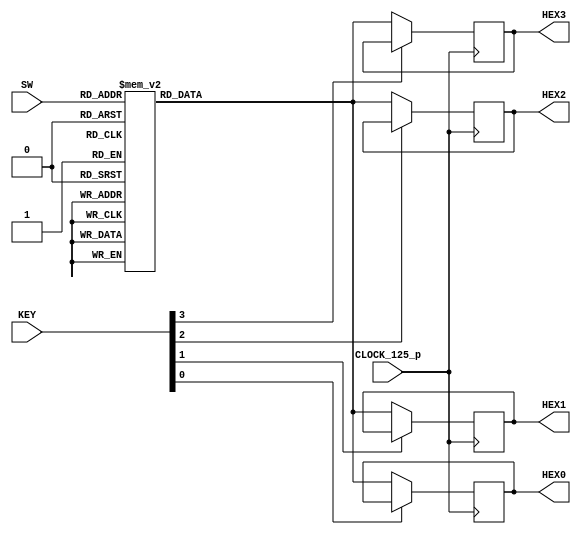
module baseline_c5gx(
      ///////// CLOCK /////////
      input              CLOCK_125_p, ///LVDS

      ///////// HEX2 ///////// 1.2 V ///////
      output      [6:0]  HEX2,

      ///////// HEX3 ///////// 1.2 V ///////
      output      [6:0]  HEX3,			

      ///////// HEX0 /////////
      output      [6:0]  HEX0,

      ///////// HEX1 /////////
      output      [6:0]  HEX1,

      ///////// KEY ///////// 1.2 V ///////
      input       [3:0]  KEY,

      ///////// SW ///////// 1.2 V ///////
      input       [3:0]  SW
);

		reg [6:0] seven_seg_display_0;
		reg [6:0] seven_seg_display_1;
		reg [6:0] seven_seg_display_2;
		reg [6:0] seven_seg_display_3;
		reg [6:0] seven_seg;
		wire [3:0] switch;
		
		assign switch = SW [3:0];
		assign btn0 = !KEY[0];
		assign btn1 = !KEY[1];
		assign btn2 = !KEY[2];
		assign btn3 = !KEY[3];
		assign HEX0[6:0] = seven_seg_display_0;
		assign HEX1[6:0] = seven_seg_display_1;
		assign HEX2[6:0] = seven_seg_display_2;
		assign HEX3[6:0] = seven_seg_display_3;
		
		
		always @(*) begin
			case(switch)
			4'b0000 : seven_seg <= 7'b1000000;	//0
			4'b0001 : seven_seg <= 7'b1111001;	//1
			4'b0010 : seven_seg <= 7'b0100100;	//2
			4'b0011 : seven_seg <= 7'b0110000;	//3
			4'b0100 : seven_seg <= 7'b0011001;	//4
			4'b0101 : seven_seg <= 7'b0010010;	//5
			4'b0110 : seven_seg <= 7'b0000010;	//6
			4'b0111 : seven_seg <= 7'b1111000;	//7
			4'b1000 : seven_seg <= 7'b0000000;	//8
			4'b1001 : seven_seg <= 7'b0010000;	//9
			4'b1010 : seven_seg <= 7'b0001000;	//A
			4'b1011 : seven_seg <= 7'b1000011;	//B
			4'b1100 : seven_seg <= 7'b0000110;	//C
			4'b1101 : seven_seg <= 7'b0100001;	//D
			4'b1110 : seven_seg <= 7'b0000011;	//E
			4'b1111 : seven_seg <= 7'b0000111;	//F
			endcase
		end
		
		//1595
	always @ (posedge CLOCK_125_p) begin
		if(btn0) seven_seg_display_0 <= seven_seg;
		if(btn1) seven_seg_display_1 <= seven_seg;
		if(btn2) seven_seg_display_2 <= seven_seg;
		if(btn3) seven_seg_display_3 <= seven_seg;
		
		
		
/*		case(btn_counter)
		2'b00 : begin 
			seven_seg_display_0 <= seven_seg;
			btn_counter <= btn_counter + 1;
		end
		2'b01 : begin
			seven_seg_display_1 <= seven_seg;
			btn_counter <= btn_counter + 1;
		end
		2'b10 : begin
			seven_seg_display_2 <= seven_seg;
			btn_counter <= btn_counter + 1;
		end
		2'b11 : begin
			seven_seg_display_3 <= seven_seg;
			btn_counter <= btn_counter + 1;
		end
		endcase  */
		//end
	end

endmodule